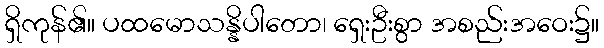
ရှိကုန်၏။ ပထမောသန္နိပါတော၊ ရှေးဦးစွာ အစည်းအဝေး၌။